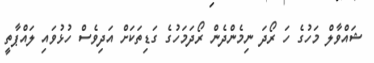
ޝައްވާލް މަހުގެ ހަ ރޯދަ ނިމެންދެން ރޯދަމަހުގެ ގަޑިތަކަށް އަދިވެސް ހުޅުވައި ލައްޕާތީ